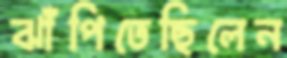
ঝাঁপিতেছিলেন